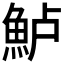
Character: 𫙔